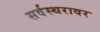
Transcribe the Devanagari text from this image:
सर्वस्थरावर